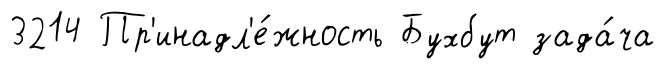
3214 Пр'инадл'е́жность Бухбут зада́ча